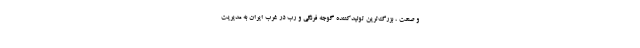
و صنعت ، بزرگ‌ترین تولیدکننده گوجه فرنگی و رب در غرب ایران به مدیریت